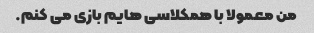
من معمولا با همکلاسی هایم بازی می کنم.